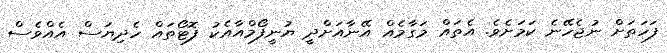
ފަހަތަށް ނުޖެހޭނެ ކަމަށެވެ. އެތައް މަގާމެއް އޭނާއަށްދީ ޔުނީފޯމްއާއެކު ފޮޓޯތައް ހެދިޔަސް އެއްވެސް